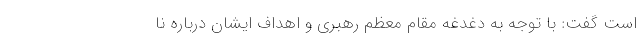
است گفت: با توجه به دغدغه مقام معظم رهبری و اهداف ایشان درباره نا